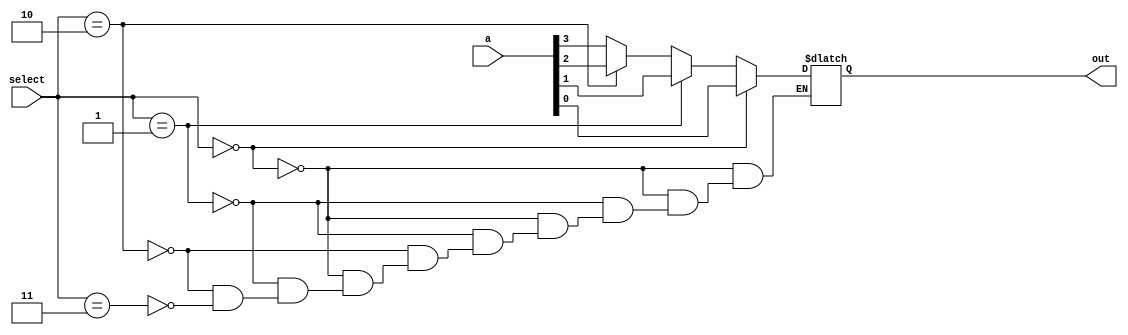
module fourto1  (a,select,out);
  input [3:0]a;
  input [1:0]select;
  output reg out;
   
  always@(*)
   if(select == 2'b00)
     out = a[0];
   else if (select == 2'b01)
     out = a[1];
   else if (select == 2'b10)
     out = a[2];
   else if (select == 2'b11)
     out = a[3];
endmodule

module sixteento1 (A,S,Out);
  input [15:0] A;
  input [3:0] S;
  output Out;
  wire [3:0]O;
  
   fourto1 F1 (A[3:0],S[1:0],O[0]);
   fourto1 F2 (A[7:4],S[1:0],O[1]);
   fourto1 F3 (A[11:8],S[1:0],O[2]);  
   fourto1 F4 (A[15:12],S[1:0],O[3]);
   fourto1 F5 (O[3:0],S[3:2],Out);
  
endmodule